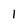
Character: 1